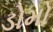
ડોમો